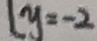
l y = - 2